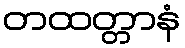
တထတ္တာနံ